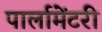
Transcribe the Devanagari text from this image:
पार्लामेंटरी